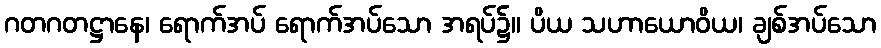
ဂတဂတဋ္ဌာနေ၊ ရောက်အပ် ရောက်အပ်သော အရပ်၌။ ပိယ သဟာယောဝိယ၊ ချစ်အပ်သော